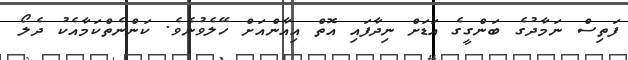
ފަތިސް ނަމާދުގެ ބަންގީގެ އަޑަށް ނިދާފައި އޮތް އިއާންއަށް ހޭލެވުނެވެ. ކަންނެތްކަމާއެކު ދެލޯ